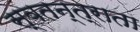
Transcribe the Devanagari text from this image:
स्वतन्त्राता